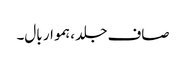
صاف جلد ، ہموار بال۔